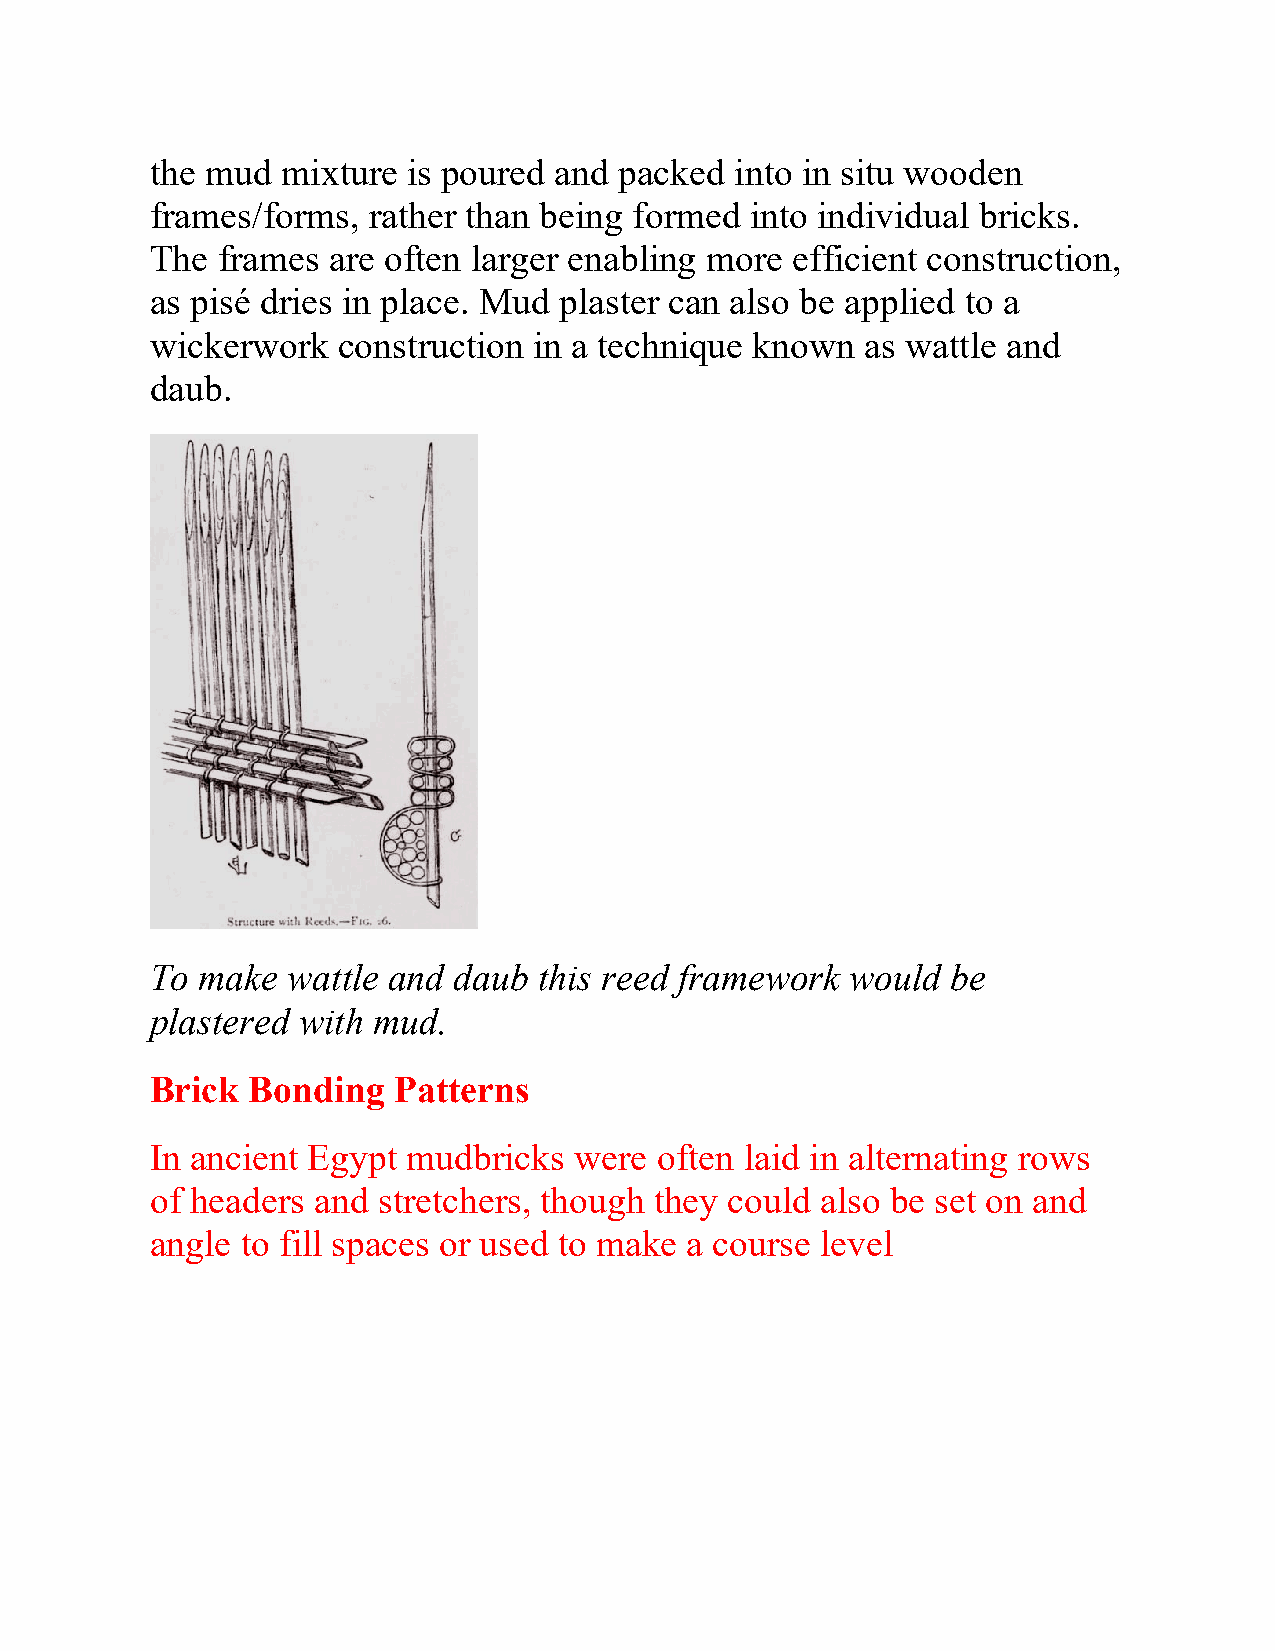
the mud  mixture is poured and packed  into in situ wooden
 frames/forms, rather than being formed  into individual bricks.
 The frames  are often larger enabling more efficient construction,
 as pisé dries in place. Mud plaster can also be applied to a
 wickerwork  construction in a technique known  as wattle and
 daub.
 To make  wattle and daub  this reed framework would  be
 plastered with mud.
 Brick Bonding   Patterns
 In ancient Egypt mudbricks  were often laid in alternating rows
 of headers and stretchers, though they could also be set on and
 angle to fill spaces or used to make a course level